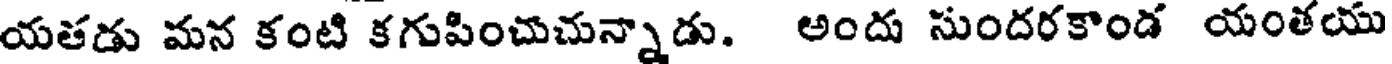
యతడు మన కంటి కగుపించుచున్నాడు. అందు సుందరకాండ యంతయు